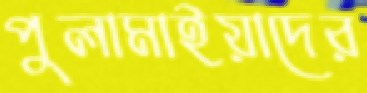
পুলামাইয়াদের